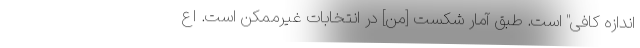
اندازه کافی" است. طبق آمار شکست [من] در انتخابات غیر‌ممکن است. اع